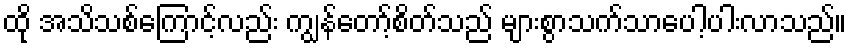
ထို အသိသစ်ကြောင့်လည်း ကျွန်တော့်စိတ်သည် များစွာသက်သာပေါ့ပါးလာသည်။